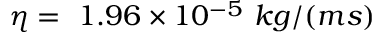
\eta = \ 1 . 9 6 \times 1 0 ^ { - 5 } \ k g / ( m s )